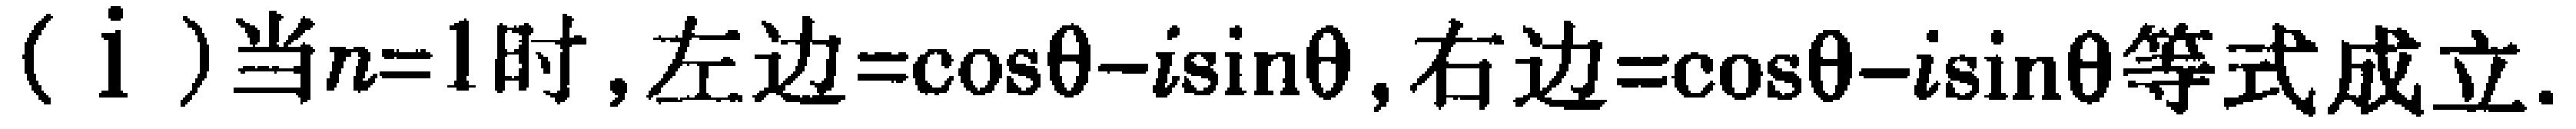
（i）当\(n = 1\)时，左边\(=\cos\theta - i\sin\theta\)，右边\(=\cos\theta - i\sin\theta\)等式成立.